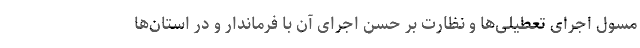
مسول اجرای تعطیلی‌ها و نظارت بر حسن اجرای آن با فرماندار و در استان‌ها